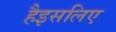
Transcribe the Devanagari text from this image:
हैइसलिए